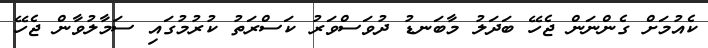
ކެއުމަށް ގެންނަން ޖެހޭ ބަދަލު މާބަނޑު ދުވަސްވަރު ކަސްރަތު ކުރުމުގައި ސަމާލުވާން ޖެހޭ